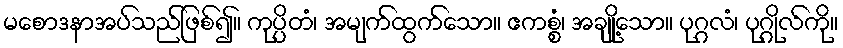
မစောဒနာအပ်သည်ဖြစ်၍။ ကုပ္ပိတံ၊ အမျက်ထွက်သော။ ဧကစ္စံ၊ အချို့သော။ ပုဂ္ဂလံ၊ ပုဂ္ဂိုလ်ကို။